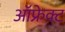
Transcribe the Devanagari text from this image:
ऑफ्रेक्ट